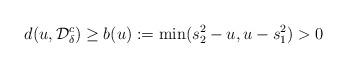
LaTeX: \begin{align*}d(u,\mathcal{D}_\delta^c)\geq b(u):=\min(s_2^2-u,u-s_1^2)>0\end{align*}